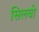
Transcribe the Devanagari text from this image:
सिलबो